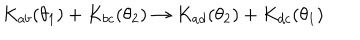
K _ { a b } ( \theta _ { 1 } ) + K _ { b c } ( \theta _ { 2 } ) \rightarrow K _ { a d } ( \theta _ { 2 } ) + K _ { d c } ( \theta _ { 1 } )